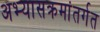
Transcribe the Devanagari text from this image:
अभ्यासक्रमांतर्गत